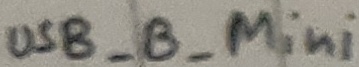
Text: UDB_B_Mini